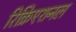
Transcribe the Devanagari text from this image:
रिक्रिएशनल